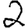
Digit: 2